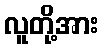
လူတို့အား